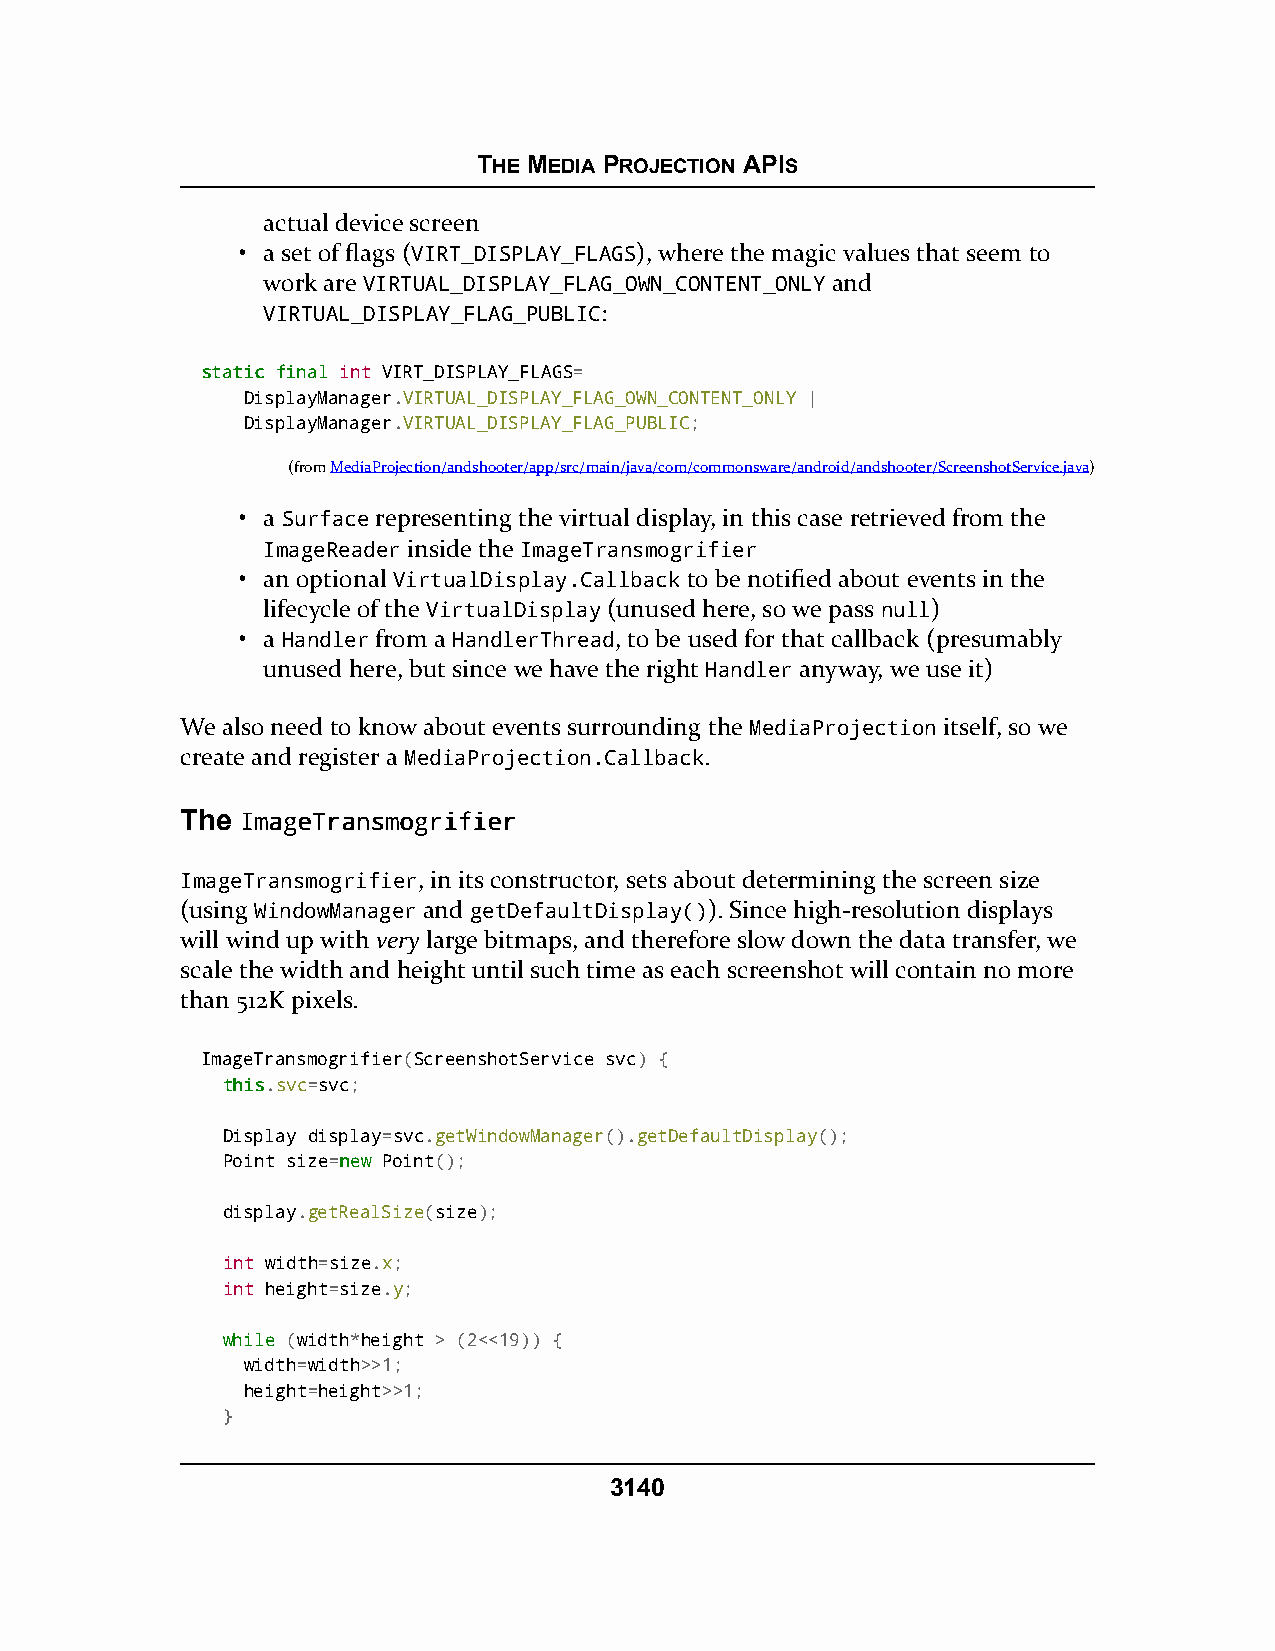
THE MEDIA PROJECTION APIS
 actual device screen
 • a set of flags (VIRT_DISPLAY_FLAGS), where the magic values that seem to
 work are VIRTUAL_DISPLAY_FLAG_OWN_CONTENT_ONLY and
 VIRTUAL_DISPLAY_FLAG_PUBLIC:
 ssttaattiicc ffiinnaall int VIRT_DISPLAY_FLAGS=
 DisplayManager.VIRTUAL_DISPLAY_FLAG_OWN_CONTENT_ONLY |
 DisplayManager.VIRTUAL_DISPLAY_FLAG_PUBLIC;
 (fromMediaProjection/andshooter/app/src/main/java/com/commonsware/android/andshooter/ScreenshotService.java)
 • a Surface representing the virtual display, in this case retrieved from the
 ImageReader inside the ImageTransmogrifier
 • an optional VirtualDisplay.Callback to be notified about events in the
 lifecycle of the VirtualDisplay (unused here, so we pass null)
 • a Handler from a HandlerThread, to be used for that callback (presumably
 unused here, but since we have the right Handler anyway, we use it)
 We also need to know about events surrounding the MediaProjection itself, so we
 create and register a MediaProjection.Callback.
 The IImmaaggeeTTrraannssmmooggrriiffiieerr
 ImageTransmogrifier, in its constructor, sets about determining the screen size
 (using WindowManager and getDefaultDisplay()). Since high-resolution displays
 will wind up with very large bitmaps, and therefore slow down the data transfer, we
 scale the width and height until such time as each screenshot will contain no more
 than 512K pixels.
 ImageTransmogrifier(ScreenshotService svc) {
 tthhiiss.svc=svc;
 Display display=svc.getWindowManager().getDefaultDisplay();
 Point size=nneeww Point();
 display.getRealSize(size);
 int width=size.x;
 int height=size.y;
 wwhhiillee (width*height > (2<<19)) {
 width=width>>1;
 height=height>>1;
 }
 3140